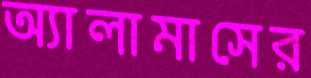
অ্যালামাসের